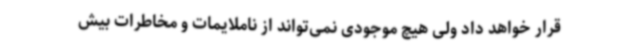
قرار خواهد داد ولی هیچ موجودی نمی‌تواند از ناملایمات و مخاطرات بیش